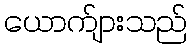
ယောက်ျားသည်